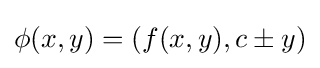
\phi (x,y)=(f(x,y),c\pm y)